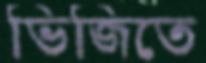
ভিজিতে